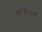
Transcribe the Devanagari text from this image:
पोथीराम